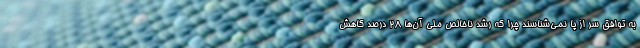
به توافق سر از پا نمی‌شناسند چرا که رشد ناخالص ملی آن‌ها 28 درصد کاهش